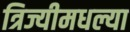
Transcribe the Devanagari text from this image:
त्रिज्यीमधल्या